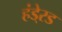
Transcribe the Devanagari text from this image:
हंडे्रड